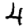
Digit: 4